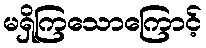
မရှိကြသောကြောင့်